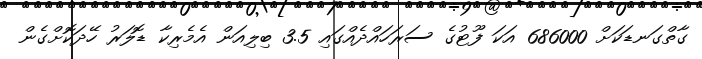
ގާތްގަނޑަކަށް 686000 އަކަ ފޫޓުގެ ސަރަހައްދެއްގައި 3.5 ބިލިއަން އެމެރިކާ ޑޮލަރު ހޭދަކޮށްގެން